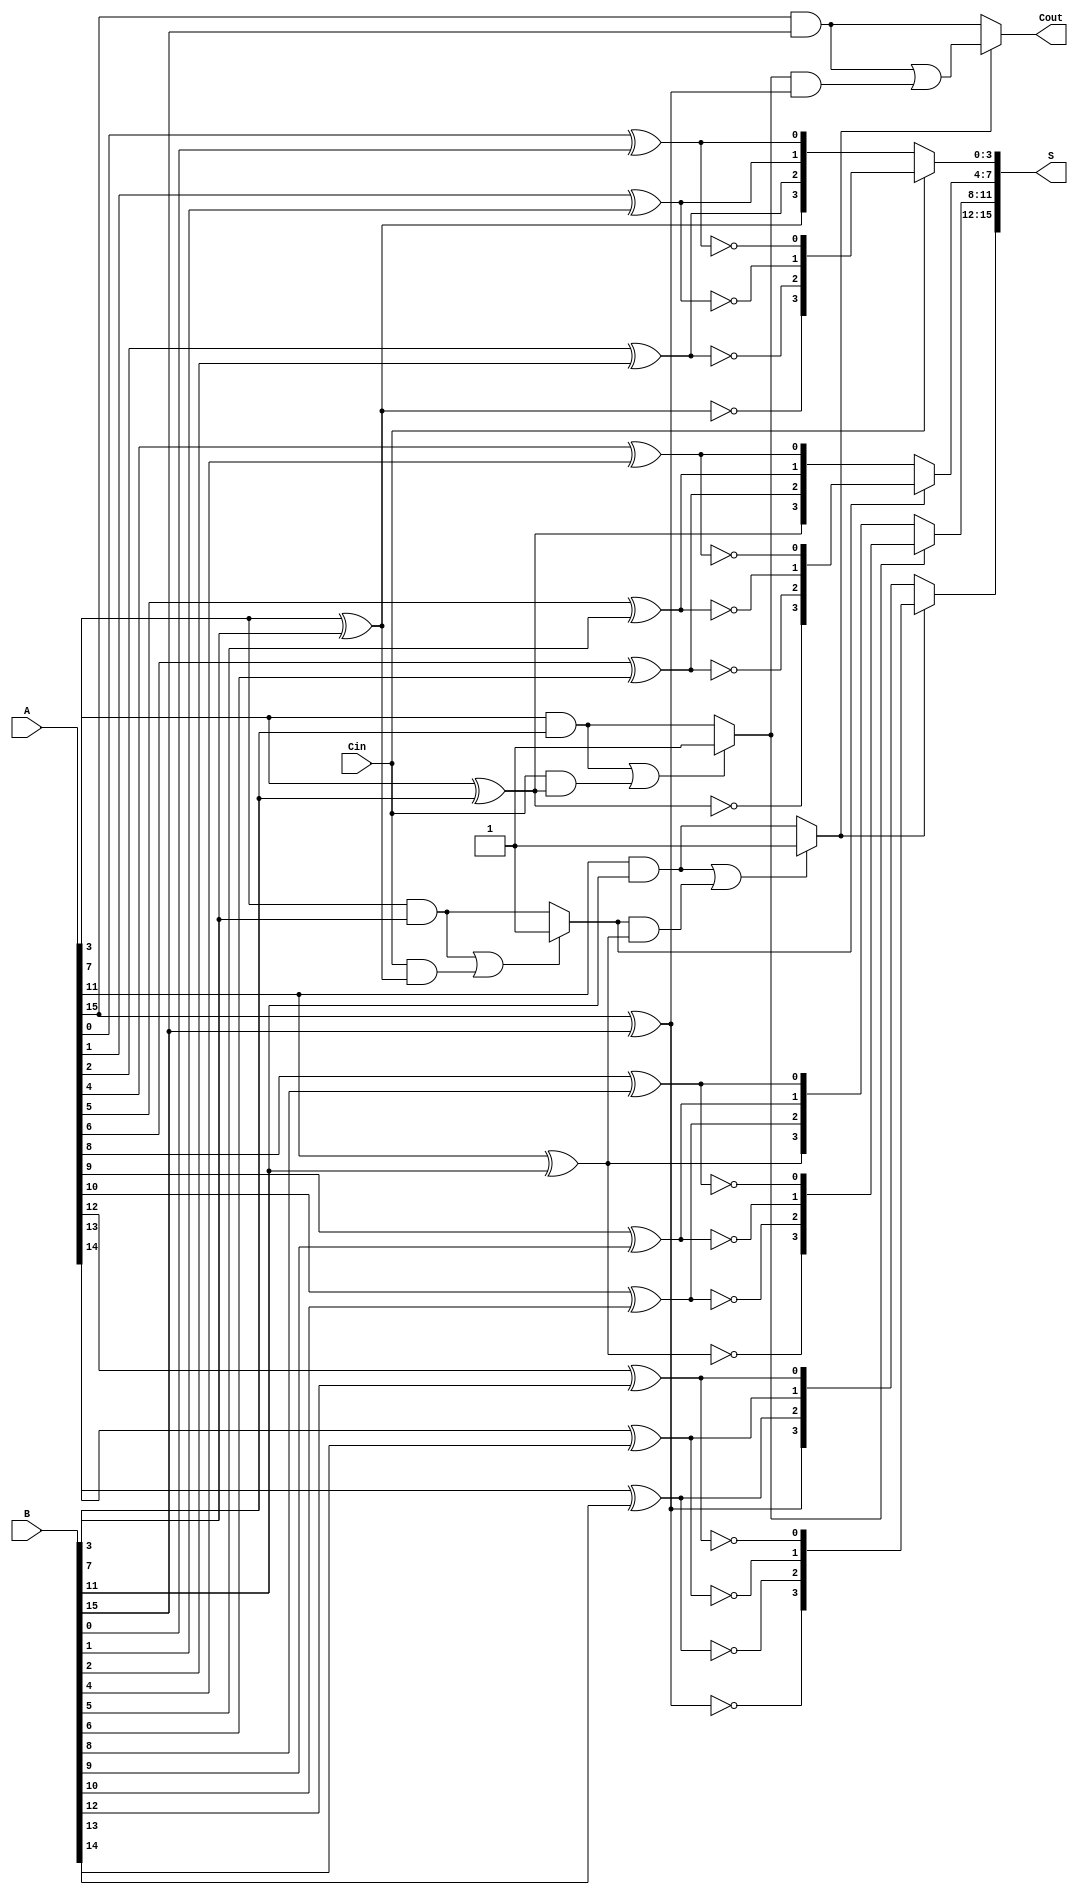
module HybridCarrySelectAdder #(parameter N = 16) (
    input  [N-1:0] A,       // First N-bit input
    input  [N-1:0] B,       // Second N-bit input
    input        Cin,        // Carry input
    output [N-1:0] S,       // N-bit sum output
    output       Cout       // Carry output
);

    // Local parameters for block size
    localparam BLOCK_SIZE = 4;
    localparam NUM_BLOCKS = N / BLOCK_SIZE;

    // Intermediate signals for sums and carries
    wire [BLOCK_SIZE-1:0] S0 [NUM_BLOCKS-1:0];
    wire [BLOCK_SIZE-1:0] S1 [NUM_BLOCKS-1:0];
    wire [BLOCK_SIZE-1:0] C0 [NUM_BLOCKS-1:0];
    wire [BLOCK_SIZE-1:0] C1 [NUM_BLOCKS-1:0];
    wire [NUM_BLOCKS-1:0] Cprev;
    
    genvar i, j;

    // Precompute sums and carries for each block
    generate
        for (i = 0; i < NUM_BLOCKS; i = i + 1) begin : BLOCKS
            for (j = 0; j < BLOCK_SIZE; j = j + 1) begin : BITS
                assign S0[i][j] = A[i * BLOCK_SIZE + j] ^ B[i * BLOCK_SIZE + j];         // S0 for Cin = 0
                assign S1[i][j] = A[i * BLOCK_SIZE + j] ^ B[i * BLOCK_SIZE + j] ^ 1;    // S1 for Cin = 1
            end
            
            // Calculate C0 and C1 for the last bit of the block
            if (i == 0) begin
                assign C0[i][BLOCK_SIZE-1] = A[i * BLOCK_SIZE + BLOCK_SIZE-1] & B[i * BLOCK_SIZE + BLOCK_SIZE-1];
                assign C1[i][BLOCK_SIZE-1] = (A[i * BLOCK_SIZE + BLOCK_SIZE-1] & B[i * BLOCK_SIZE + BLOCK_SIZE-1]) 
                                             | (Cin & (A[i * BLOCK_SIZE + BLOCK_SIZE-1] ^ B[i * BLOCK_SIZE + BLOCK_SIZE-1]));
            end else begin
                assign C0[i][BLOCK_SIZE-1] = A[i * BLOCK_SIZE + BLOCK_SIZE-1] & B[i * BLOCK_SIZE + BLOCK_SIZE-1];
                assign C1[i][BLOCK_SIZE-1] = (A[i * BLOCK_SIZE + BLOCK_SIZE-1] & B[i * BLOCK_SIZE + BLOCK_SIZE-1]) 
                                             | (Cprev[i-1] & (A[i * BLOCK_SIZE + BLOCK_SIZE-1] ^ B[i * BLOCK_SIZE + BLOCK_SIZE-1]));
            end
        end
    endgenerate

    // Carry propagation logic between blocks
    generate
        for (i = 0; i < NUM_BLOCKS; i = i + 1) begin : CARRY_PROP
            if (i == 0) begin
                assign Cprev[i] = Cin; // First block uses Cin as carry-in
            end else begin
                assign Cprev[i] = C1[i-1][BLOCK_SIZE-1] ? C1[i-1][BLOCK_SIZE-1] : C0[i-1][BLOCK_SIZE-1];
            end
        end
    endgenerate

    // Final sum and carry-out selection
    generate
        for (i = 0; i < NUM_BLOCKS; i = i + 1) begin : FINAL_SUM
            if (i == 0) begin
                assign S[i*BLOCK_SIZE +: BLOCK_SIZE] = Cprev[i] ? S1[i] : S0[i];
            end else begin
                assign S[i*BLOCK_SIZE +: BLOCK_SIZE] = Cprev[i] ? S1[i] : S0[i];
            end
        end
    endgenerate
    
    assign Cout = Cprev[NUM_BLOCKS-1] ? C1[NUM_BLOCKS-1][BLOCK_SIZE-1] : C0[NUM_BLOCKS-1][BLOCK_SIZE-1];

endmodule